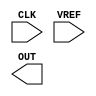
(* blackbox *) module LDO_COMPARATOR_LATCH(
  input CLK,
  input VREF,
  output OUT
);
parameter dont_touch = "on";
endmodule

(* keep *)
(* keep_hierarchy *)
(* blackbox *) module PT_UNIT_CELL(
  input CTRL
);
parameter dont_touch = "on";
endmodule

(* keep *)
(* keep_hierarchy *)
(* blackbox *) module PMOS(
  input cmp_out
);
parameter dont_touch = "on";
endmodule

(* keep *)
(* keep_hierarchy *)
(* blackbox *) module capacitor_test_nf(
  input pin0
);
parameter dont_touch = "on";
endmodule

(* blackbox *) module vref_gen_nmos_with_trim(
  input trim1,
  input trim2,
  input trim3,
  input trim4,
  input trim5,
  input trim6,
  input trim7,
  input trim8,
  input trim9,
  input trim10,
  output vref
);
parameter dont_touch = "on";
endmodule